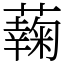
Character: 䕮